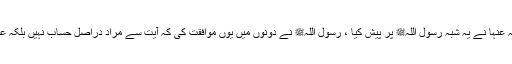
حضرت عائشہ رضی اللہ عنہا نے یہ شبہ رسول اللہﷺ پر پیش کیا ، رسول اللہﷺ نے دونوں میں یوں موافقت کی کہ آیت سے مراد دراصل حساب نہیں بلکہ عرض (سامنے کرنا) ہے۔